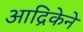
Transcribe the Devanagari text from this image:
आद्रिकेने